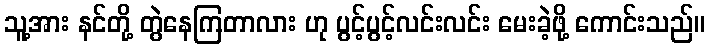
သူ့အား နင်တို့ တွဲနေကြတာလား ဟု ပွင့်ပွင့်လင်းလင်း မေးခဲ့ဖို့ ကောင်းသည်။